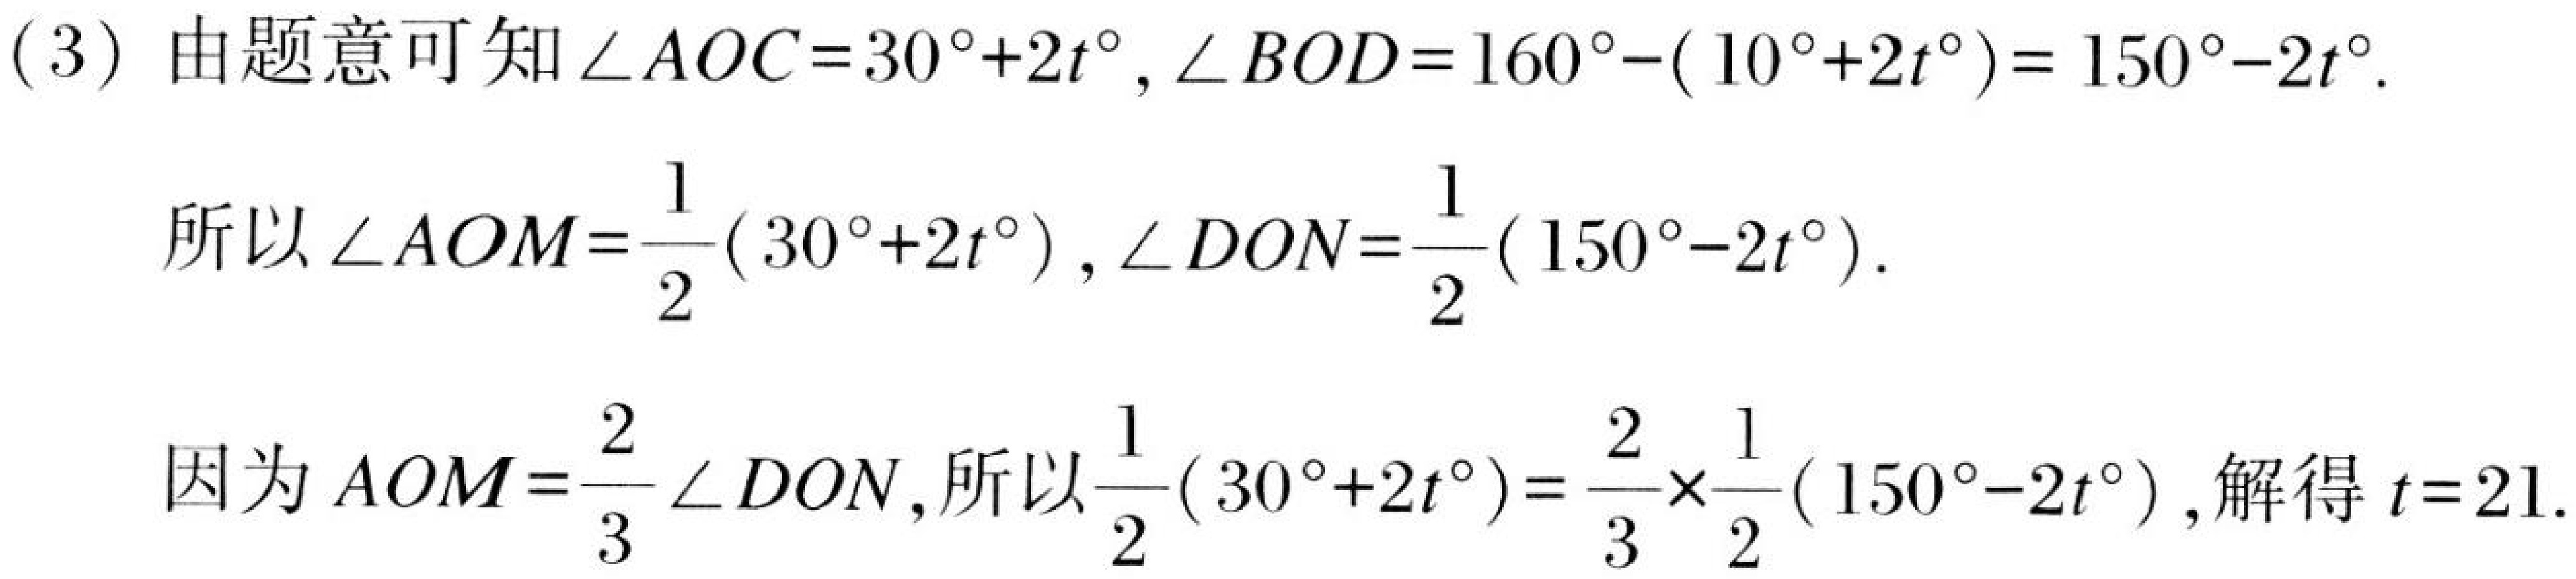
(3) 由题意可知\(\angle AOC = 30^{\circ}+2t^{\circ}\)，\(\angle BOD = 160^{\circ}-(10^{\circ}+2t^{\circ}) = 150^{\circ}-2t^{\circ}\)．

所以\(\angle AOM=\frac{1}{2}(30^{\circ}+2t^{\circ})\)，\(\angle DON=\frac{1}{2}(150^{\circ}-2t^{\circ})\)．

因为\(\angle AOM=\frac{2}{3}\angle DON\)，所以\(\frac{1}{2}(30^{\circ}+2t^{\circ})=\frac{2}{3}\times\frac{1}{2}(150^{\circ}-2t^{\circ})\)，解得\(t = 21\)．